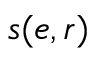
s ( e , r )